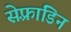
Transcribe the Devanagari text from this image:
सेफ़्राडिन